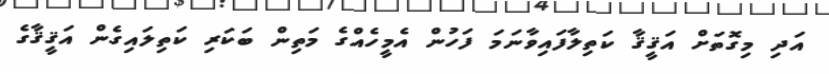
އަދި މިގޮތަށް އަޤީޤާ ކަތިލާފައިވާނަމަ ފަހުން އެމީހެއްގެ މަތިން ބަކަރި ކަތިލައިގެން އަޤީޤާގެ